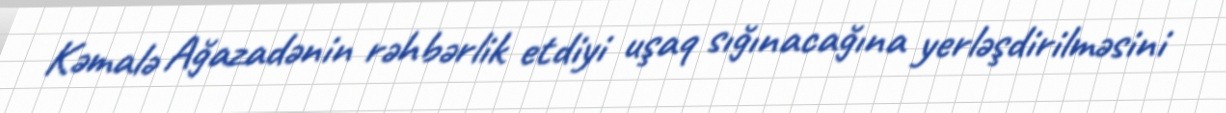
Kəmalə Ağazadənin rəhbərlik etdiyi uşaq sığınacağına yerləşdirilməsini